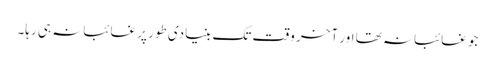
جو غائبانہ تھا اور آخر وقت تک بنیادی طور پر غائبانہ ہی رہا۔